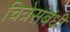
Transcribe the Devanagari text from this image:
चित्रेसंबंधी